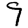
Digit: 9